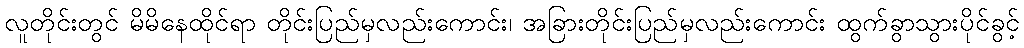
လူတိုင်းတွင် မိမိနေထိုင်ရာ တိုင်းပြည်မှလည်းကောင်း၊ အခြားတိုင်းပြည်မှလည်းကောင်း ထွက်ခွာသွားပိုင်ခွင့်